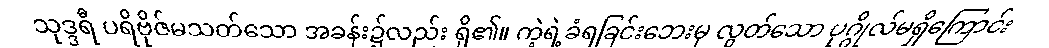
သုဒ္ဒရီ ပရိဗိုဇ်မသတ်သော အခန်း၌လည်း ရှိ၏။ ကဲ့ရဲ့ခံရခြင်းဘေးမှ လွတ်သော ပုဂ္ဂိုလ်မရှိကြောင်း